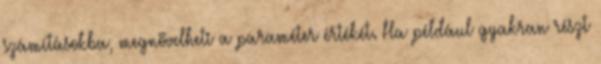
számításokba, megnövelheti a paraméter értékét. Ha például gyakran részt